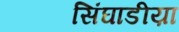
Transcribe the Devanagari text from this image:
सिंघाडीय़ा